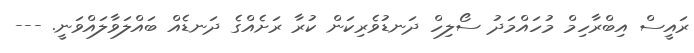
ރައީސް އިބްރާހިމް މުހައްމަދު ސޯލިހް ދަނޑުވެރިކަން ކުރާ ރަށެއްގެ ދަނޑެއް ބައްލަވާލައްވަނީ. ---